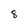
Character: 8